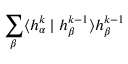
\sum _ { \beta } \langle h _ { \alpha } ^ { k } \mid h _ { \beta } ^ { k - 1 } \rangle h _ { \beta } ^ { k - 1 }